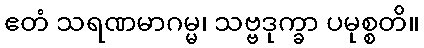
ဧတံ သရဏမာဂမ္မ၊ သဗ္ဗဒုက္ခာ ပမုစ္စတိ။